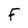
Character: F